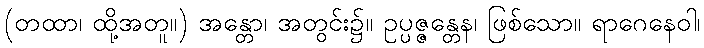
(တထာ၊ ထို့အတူ။) အန္တော၊ အတွင်း၌။ ဥပ္ပဇ္ဇန္တေန၊ ဖြစ်သော။ ရာဂေနေဝါ၊